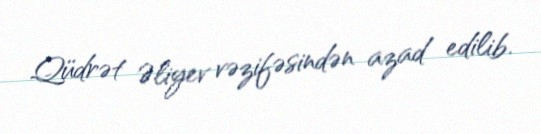
Qüdrət Əliyev vəzifəsindən azad edilib.